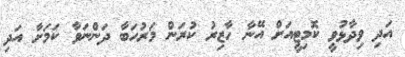
އަދި ވިދާޅުވީ ކޮމިޓީއަށް އޭނާ ހާޒިރު ކުރަން މަރުހަބާ ދަންނަވާ ކަމަށާ އަދި